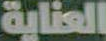
العناية